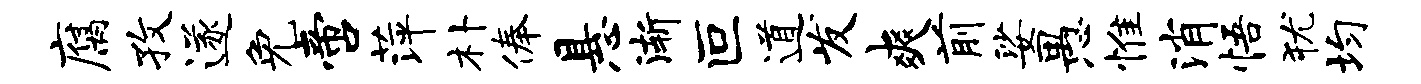
腐孜遂免啻萍朴俸悬渐叵道发爽前娑愚惟消悟犹均